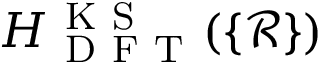
H _ { \mathrm { ~ D ~ F ~ T ~ } } ^ { \mathrm { ~ K ~ S ~ } } ( \{ \mathcal { R } \} )